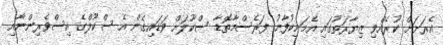
އެރަށަށް ކުރެއްވި ޒިޔާރަތުގައި އެމަނިކުފާނު ފަރެސްމާތޮޑާ ސްކޫލަށް ވަޑައިގެން އެ ސްކޫލްގެ އިސްވެރިންނާއި